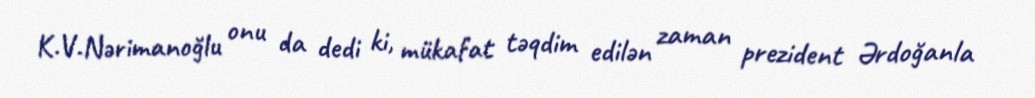
K.V.Nərimanoğlu onu da dedi ki, mükafat təqdim edilən zaman prezident Ərdoğanla